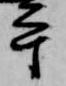
平